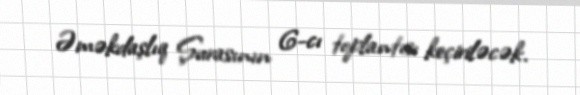
Əməkdaşlıq Şurasının 6-cı toplantısı keçiriləcək.